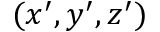
( x ^ { \prime } , y ^ { \prime } , z ^ { \prime } )